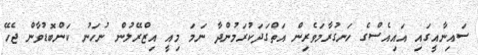
ސައިނާއީގައި އައިއެސްގެ ހަނގުރާމަވެރިން އަތްގަދަކުރަމުންދާ ނަމަ މިއީ އިޒްރޭލުން ނުހަނު ކަންބޮޑުވާން ޖެހޭ